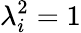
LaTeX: \lambda_{i}^{2}=1